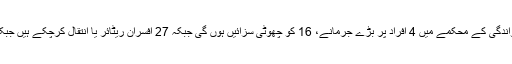
رپورٹ کے مطابق اسکول کی تعلیم اور خواندگی کے محکمے میں 4 افراد پر بڑے جرمانے، 16 کو چھوٹی سزائیں ہوں گی جبکہ 27 افسران ریٹائر یا انتقال کرچکے ہیں جبکہ 264 کے خلاف کارروائی زیر التوا ہے۔